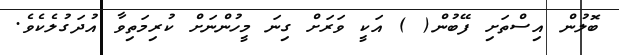
ބޮލުން އިސްތަށި ފޭބުން( ) އަކީ ވަރަށް ގިނަ މީހުންނަށް ކުރިމަތިވާ އުދަގުލެކެވެ.